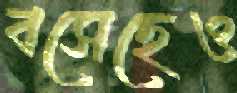
বসেছেও